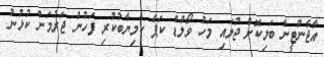
އާޖެންޓީނާ ބަލިކޮށް ޖުލައި މަހު ވޯލްޑް ކަޕް ކާމިޔާބުކުރި ފަހުން ޖަރުމަން ކުޅުނު